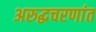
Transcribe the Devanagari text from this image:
अरुद्धचरणांत